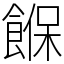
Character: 䭋